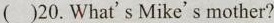
( )20. What's Mike's mother?